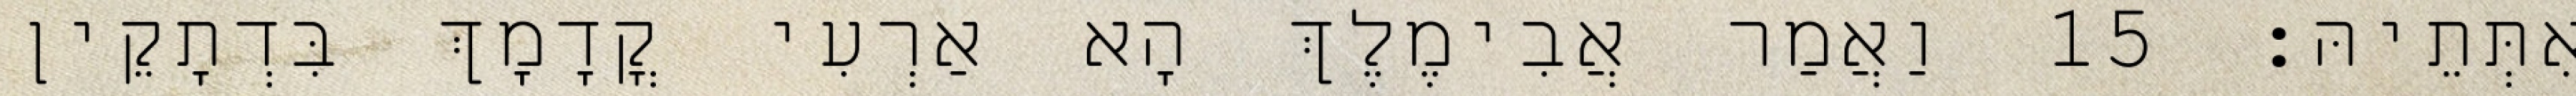
אִתְּתֵיהּ׃ 15 וַאֲמַר אֲבִימֶלֶךְ הָא אַרְעִי קֳדָמָךְ בִּדְתָקֵין